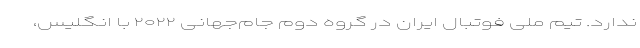
ندارد. تیم ملی فوتبال ایران در گروه دوم جام‌جهانی ۲۰۲۲ با انگلیس،